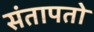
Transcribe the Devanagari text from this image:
संतापतो